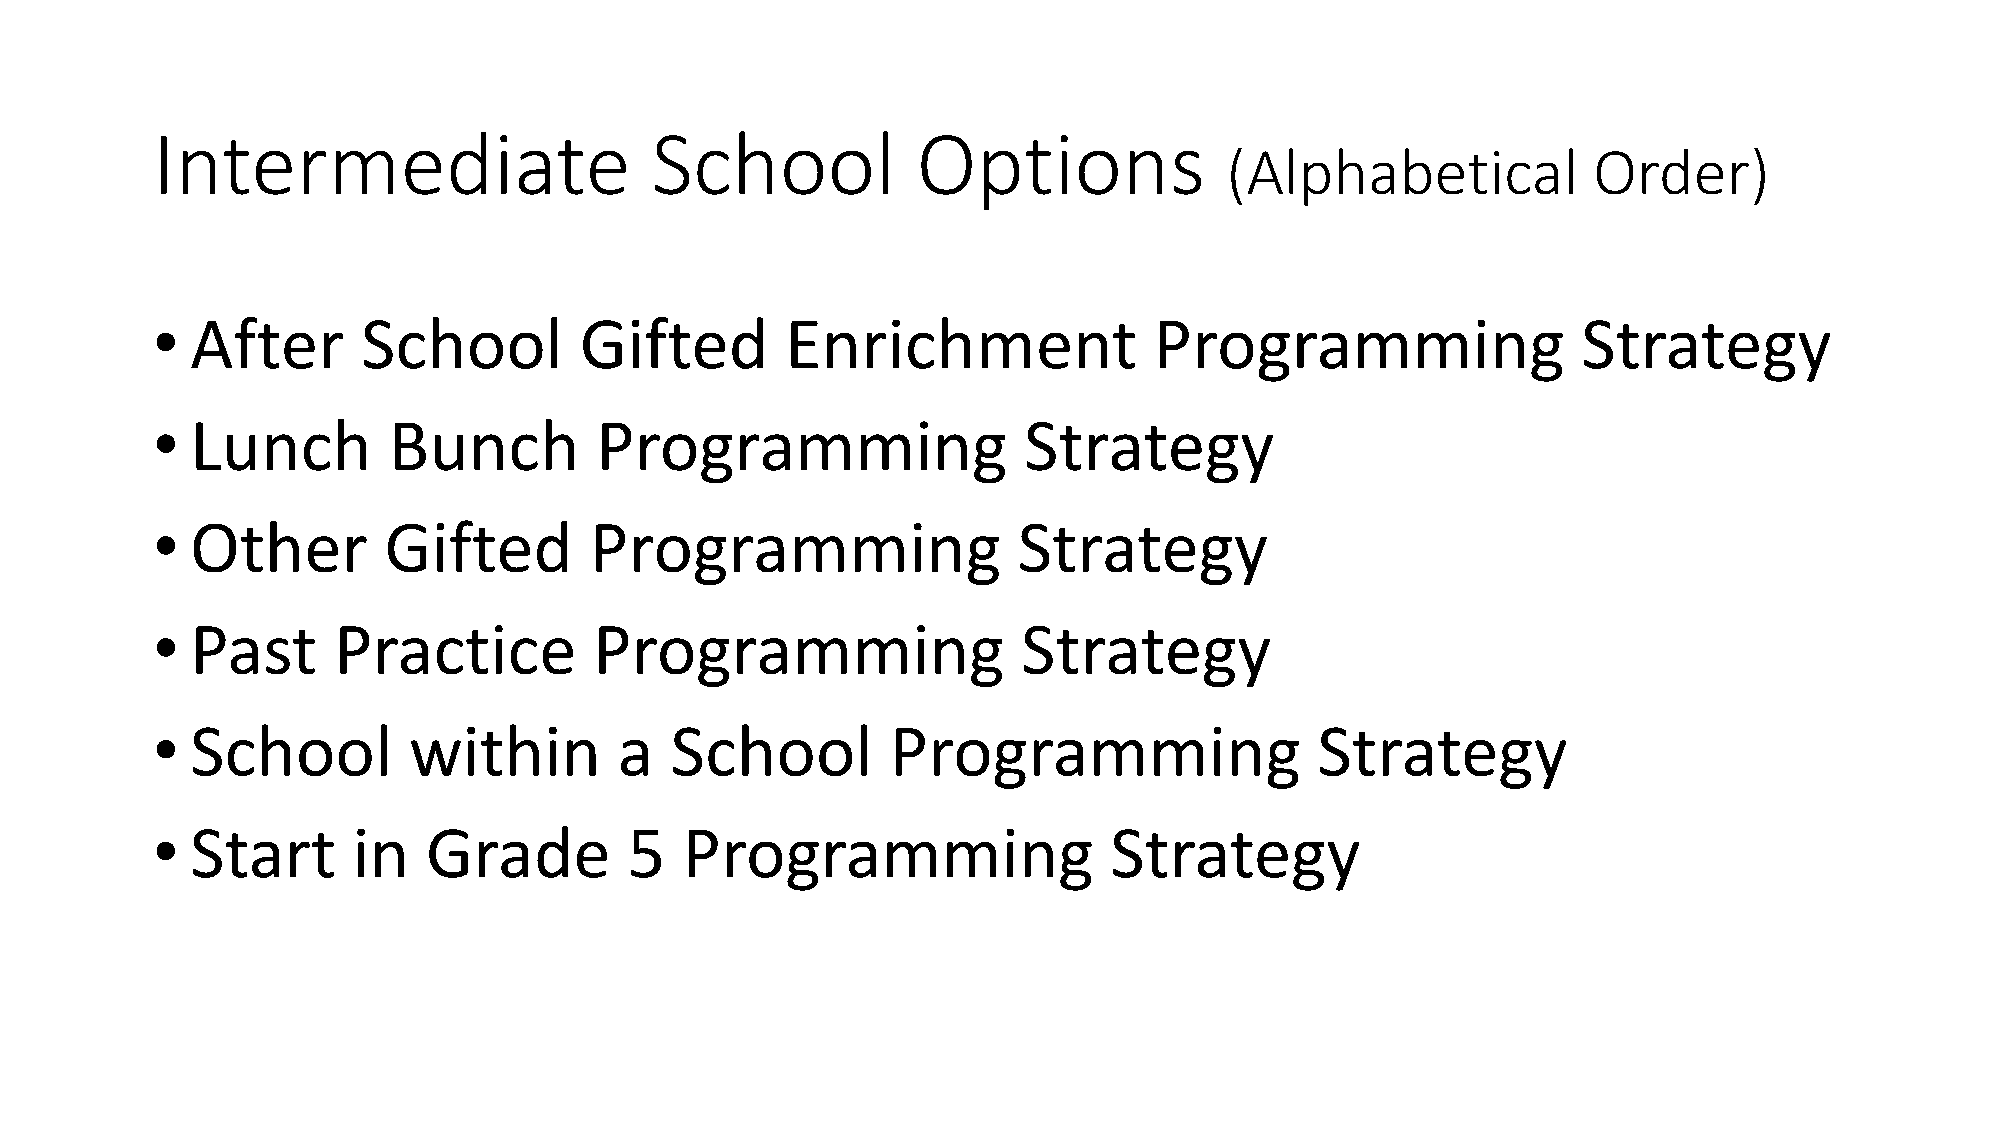
Intermediate                     School            Options
 (Alphabetical           Order)
 •  After      School        Gifted        Enrichment              Programming                  Strategy
 •  Lunch        Bunch        Programming                  Strategy
 •  Other       Gifted        Programming                 Strategy
 •  Past     Practice         Programming                  Strategy
 •  School        within        a  School         Programming                 Strategy
 •  Start     in   Grade         5  Programming                 Strategy